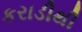
કરાડીથી